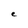
Character: e